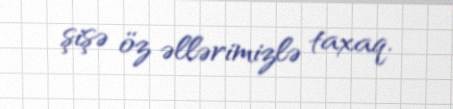
şişə öz əllərimizlə taxaq.